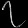
Digit: ၇